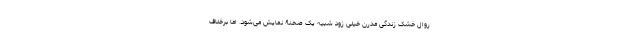
روال خشک زندگی مدرن خیلی زود شبیه یک صحنۀ نمایش می‌شود. اما برخلاف